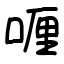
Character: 喱